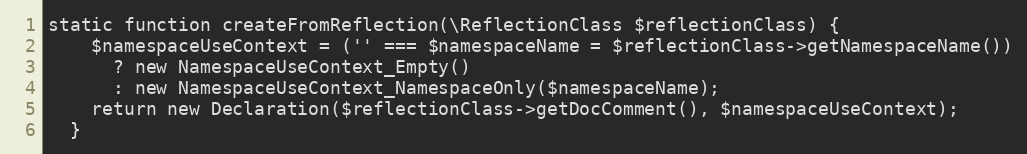
Language: PHP
static function createFromReflection(\ReflectionClass $reflectionClass) {
    $namespaceUseContext = ('' === $namespaceName = $reflectionClass->getNamespaceName())
      ? new NamespaceUseContext_Empty()
      : new NamespaceUseContext_NamespaceOnly($namespaceName);
    return new Declaration($reflectionClass->getDocComment(), $namespaceUseContext);
  }